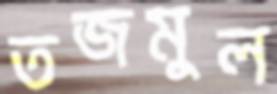
তজমুল